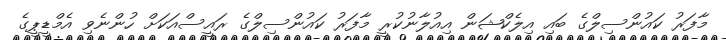
މާފަރު ކައުންސިލްގެ ބައި އިލެކްޝަން އިއުލާނުކުރީ މާފަރު ކައުންސިލްގެ ރައީސްއަކަށް ހުންނެވި އެމްޑީޕީގެ